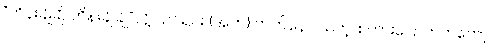
“တိန်းချိုချို တိန်းချိုချို”လို့ သင်ရင်း (အက) တတ်နေပါသတဲ့၊ စကားပြောတတ်တော့